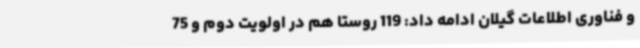
و فناوری اطلاعات گیلان ادامه داد: 119 روستا هم در اولویت دوم و 75